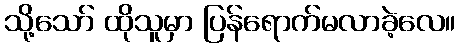
သို့သော် ထိုသူမှာ ပြန်ရောက်မလာခဲ့လေ။